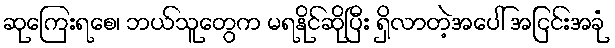
ဆုကြေးရစေ၊ ဘယ်သူတွေက မရနိုင်ဆိုပြီး ရှိလာတဲ့အပေါ် အငြင်းအခုံ